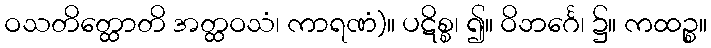
ဝသတိတ္ထောတိ အတ္ထဝသံ၊ ကာရဏံ)။ ပဋိစ္စ၊ ၍။ ဝိဘင်္ဂေ၊ ၌။ ကထဉ္စ။